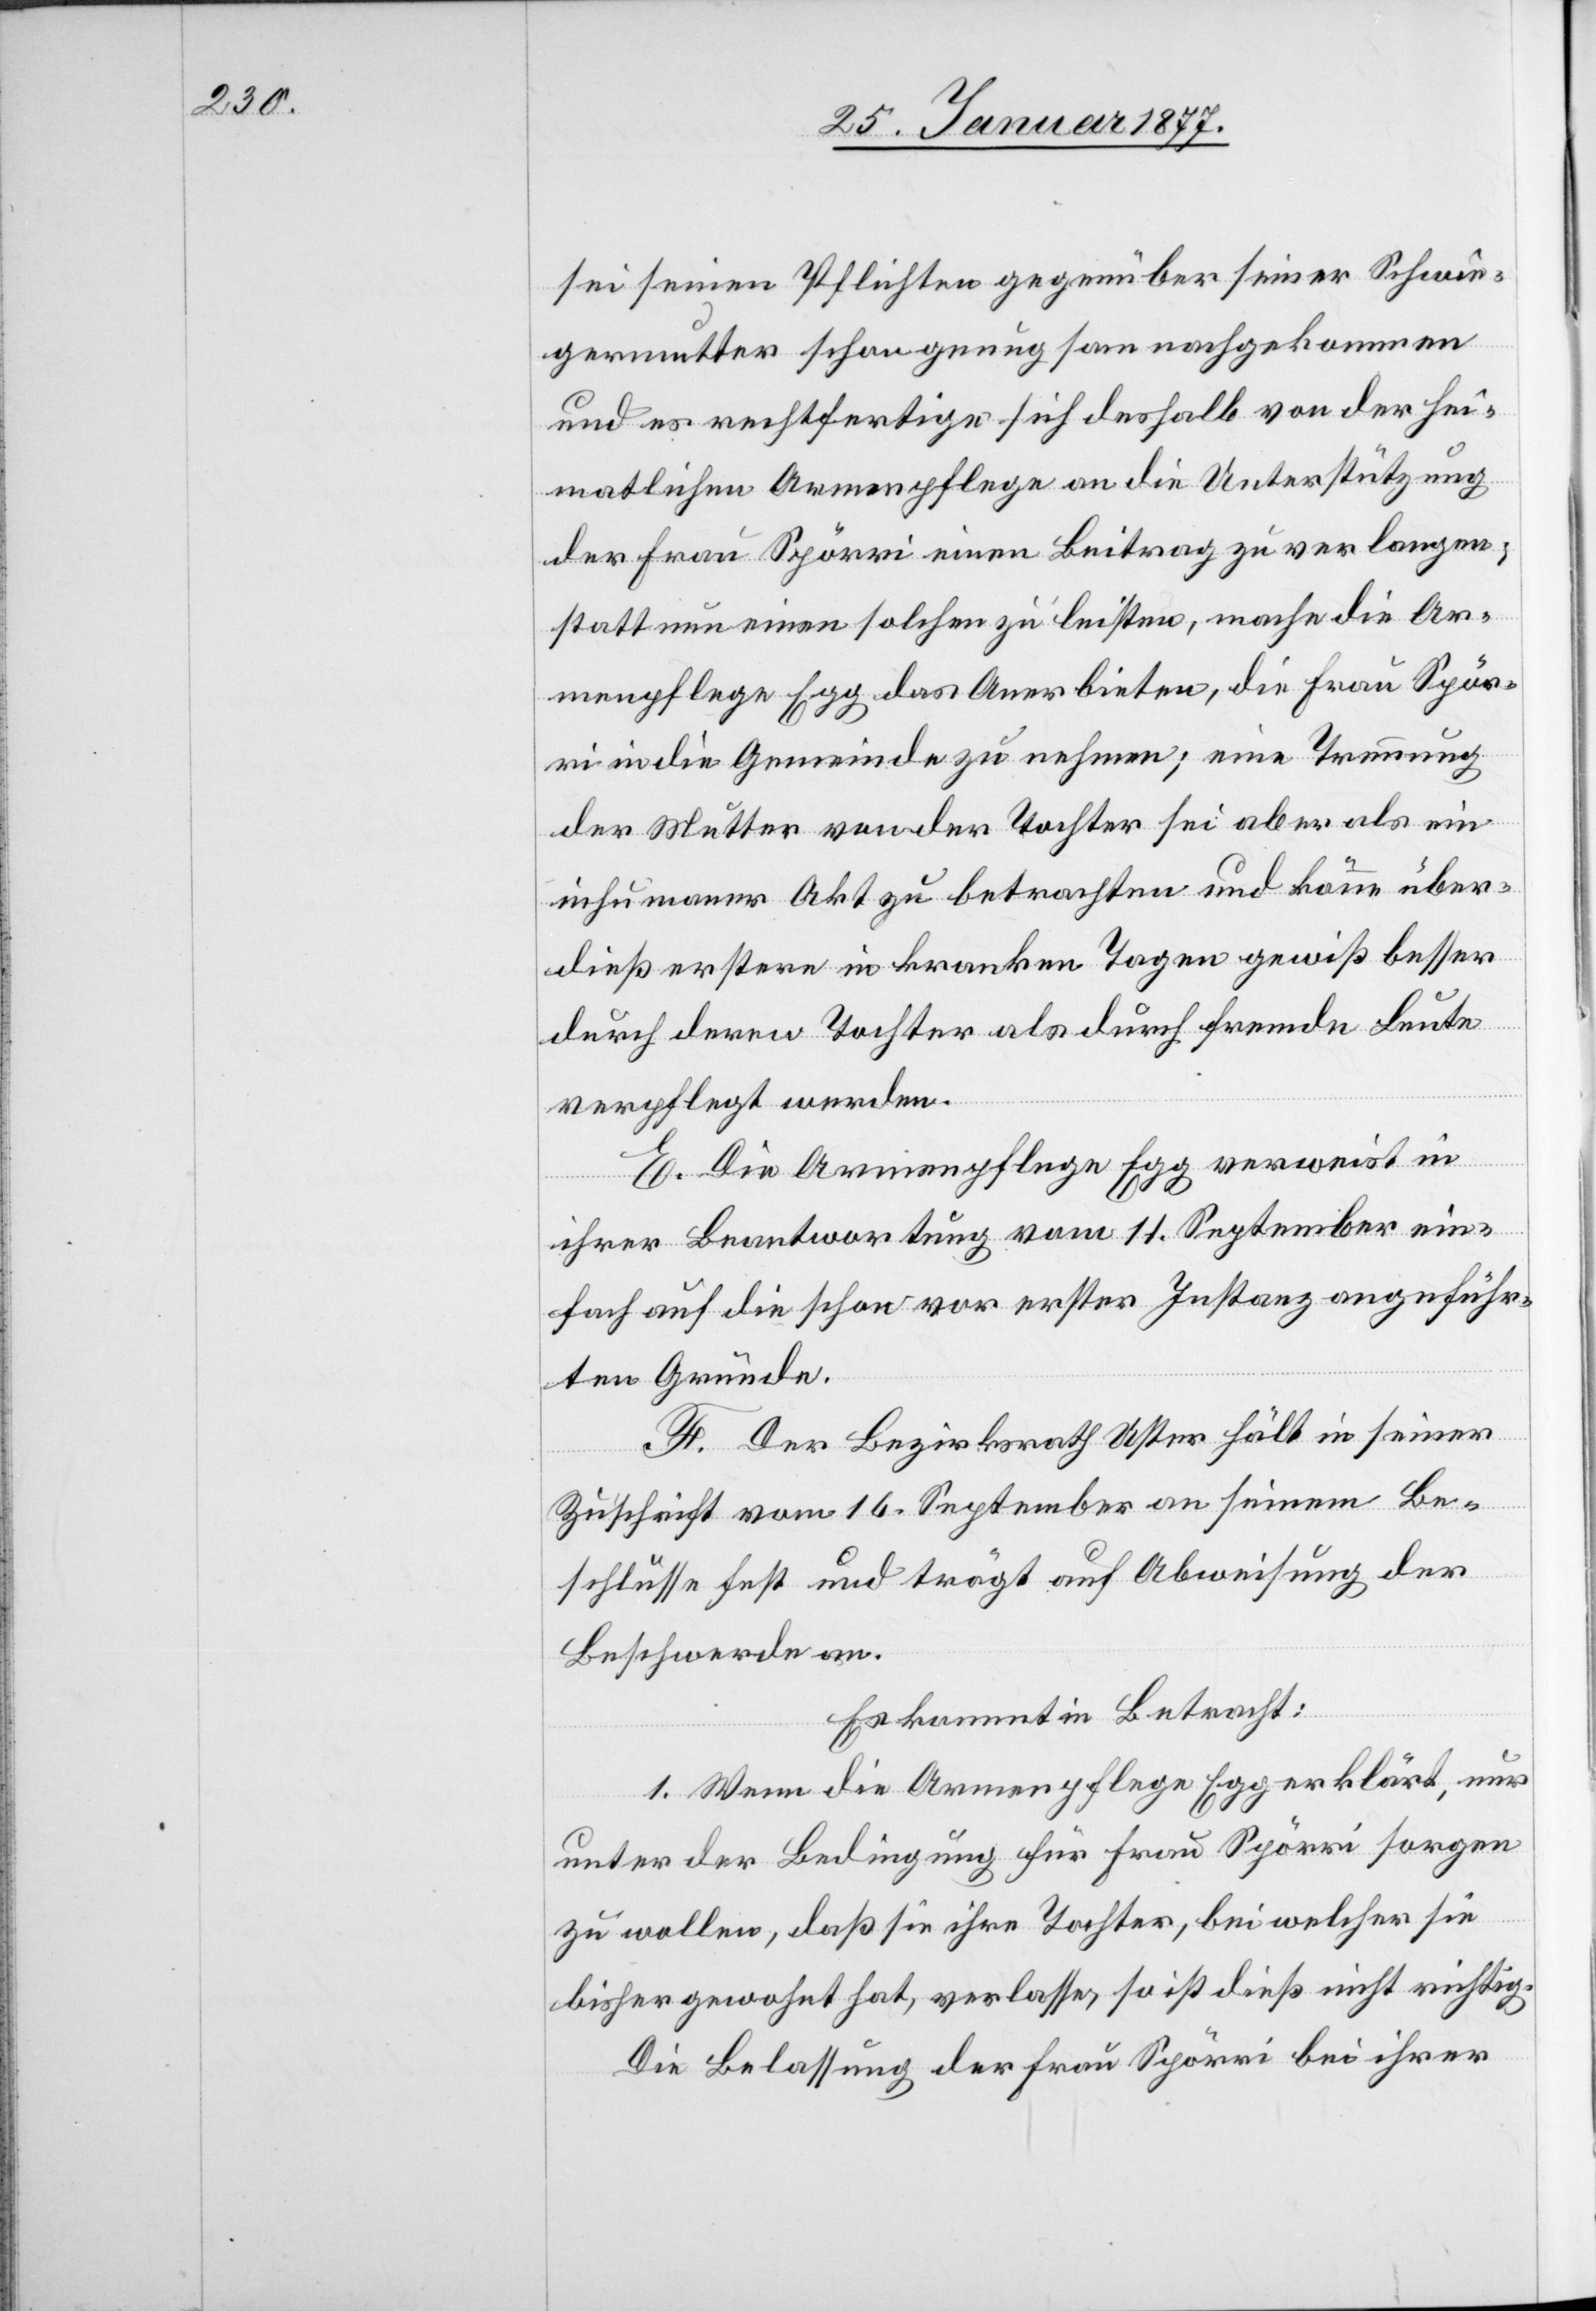
sei seinen Pflichten gegenüber seiner Schwie¬
germutter schon genügsam nachgekommen
und es rechtfertige sich deshalb von der hei¬
matlichen Armenpflege an die Unterstützung
der Frau Spörri einen Beitrag zu verlangen;
statt nun einen solchen zu leisten, mache die Ar¬
menpflege Egg das Anerbieten, die Frau Spör¬
ri in die Gemeinde zu nehmen; eine Trennung
der Mutter von der Tochter sei aber als ein
inhumaner Akt zu betrachten und könne über¬
dieß erstere in kranken Tagen gewiß besser
durch deren Tochter als durch fremde Leute
verpflegt werden.
E. Die Armenpflege Egg verweist in
ihrer Beantwortung vom 11. September ein¬
fach auf die schon vor erster Instanz angeführ¬
ten Gründe.
F. Der Bezirksrath Uster hält in seiner
Zuschrift vom 16. September an seinem Be¬
schlusse fest und trägt auf Abweisung der
Beschwerde an.
Es kommt in Betracht:
1. Wenn die Armenpflege Egg erklärt, nur
unter der Bedingung für Frau Spörri sorgen
zu wollen, daß sie ihre Tochter, bei welcher sie
bisher gewohnt hat, verlasse, so ist dieß nicht richtig.
Die Belassung der Frau Spörri bei ihrer